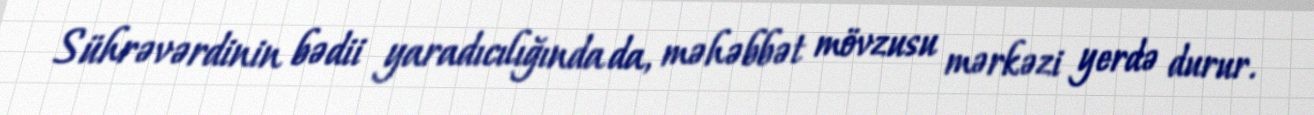
Sührəvərdinin bədii yaradıcılığında da, məhəbbət mövzusu mərkəzi yerdə durur.